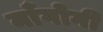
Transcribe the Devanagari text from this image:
माँगोगी